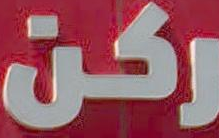
ركن